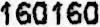
160160